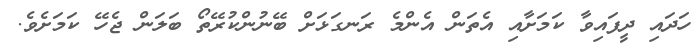
ހަދައި ދީފައިވާ ކަމަށާއި އެތަން އެންމެ ރަނގަޅަށް ބޭނުންކުރޭތޯ ބަލަން ޖެހޭ ކަމަށެވެ.